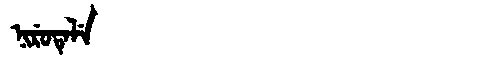
Manchu: ᠨᡳᡵᡠᡨᡝᠯᡝ
Romanization: NIRUTELE